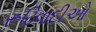
રૂઢિવાદીઓ